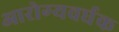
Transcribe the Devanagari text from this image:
आरोग्‍यवर्धक